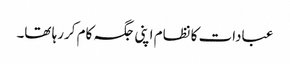
عبادات کا نظام اپنی جگہ کام کررہا تھا۔